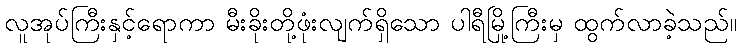
လူအုပ်ကြီးနှင့်ရောကာ မီးခိုးတို့ဖုံးလျက်ရှိသော ပါရီမြို့ကြီးမှ ထွက်လာခဲ့သည်။